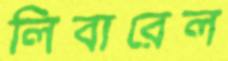
লিবারেল